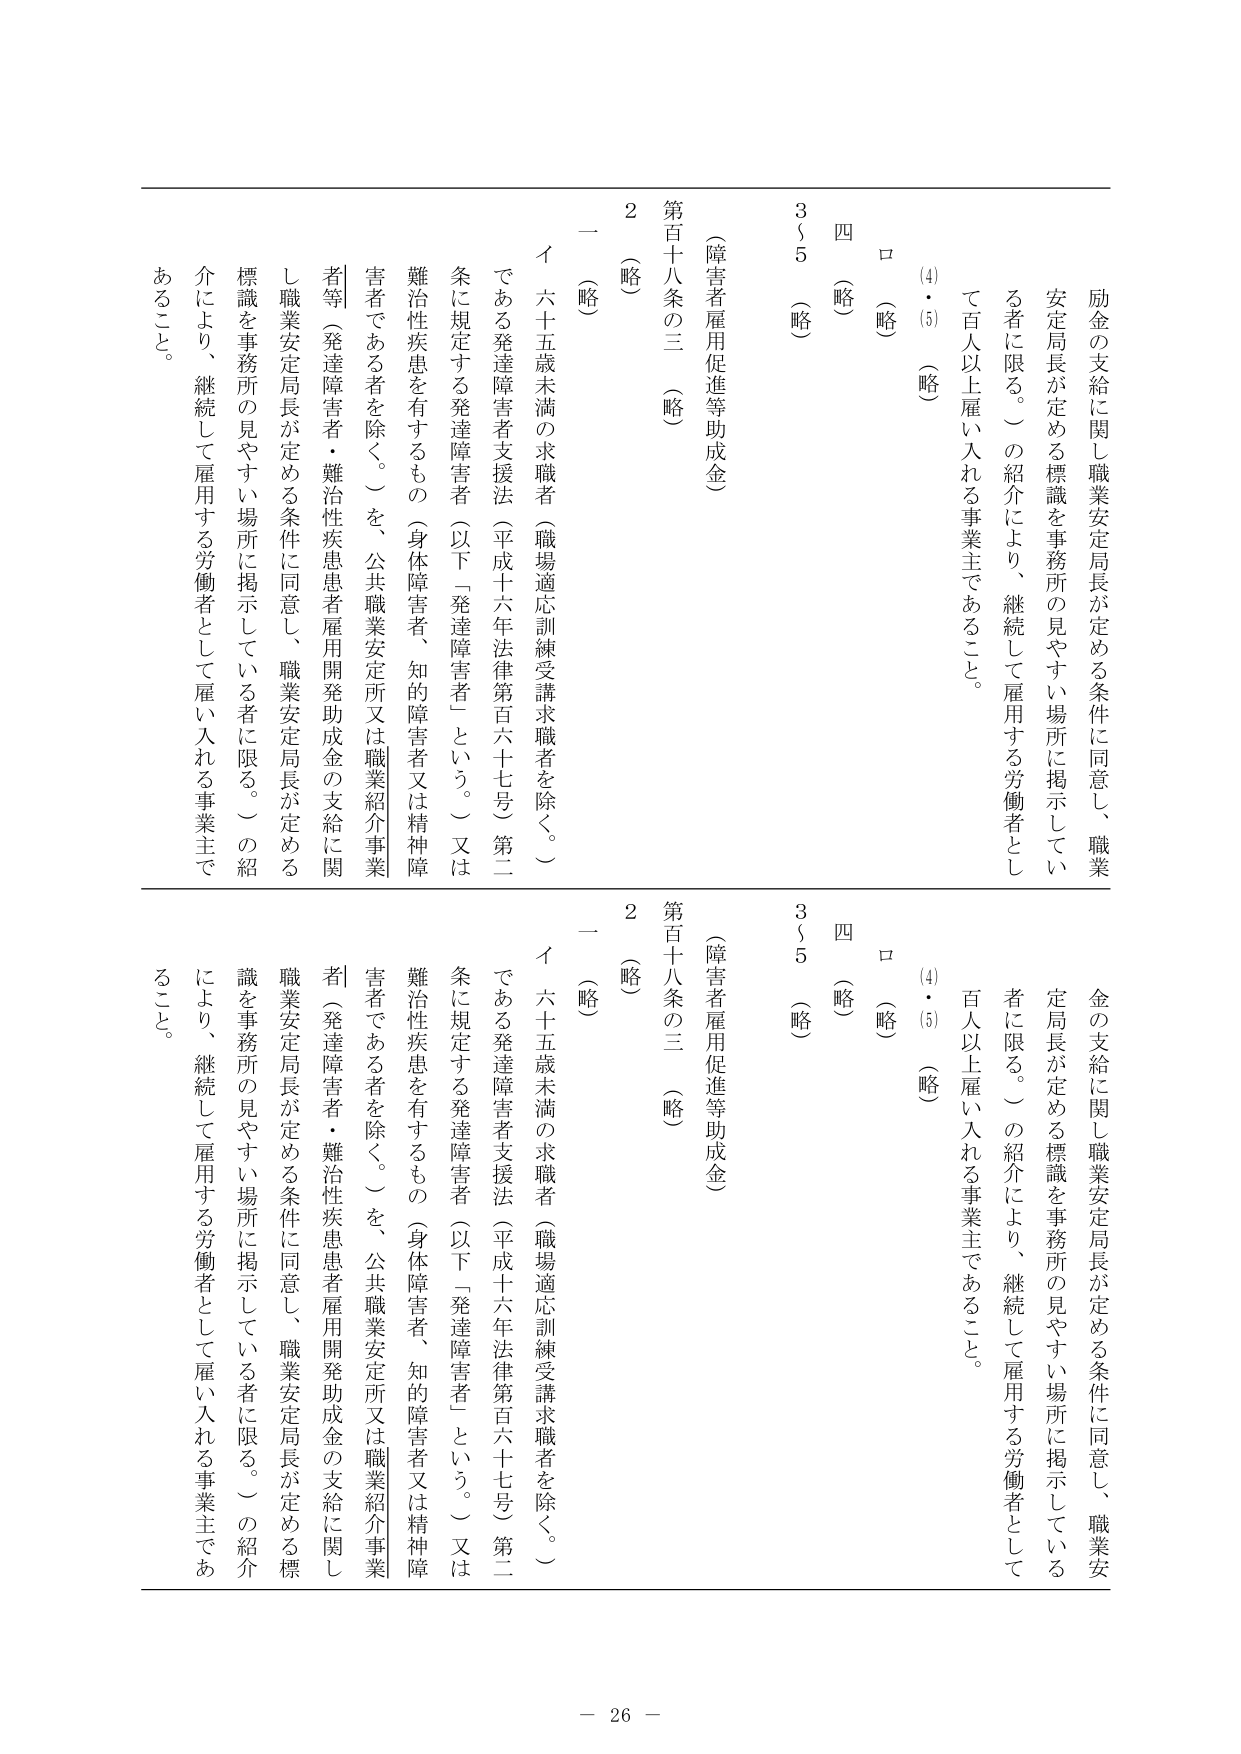
励金の支給に関し職業安定局長が定める条件に同意し、職業安定局長が定める標識を事務所の見やすい場所に掲示している者に限る。）の紹介により、継続して雇用する労働者として百人以上雇い入れる事業主であること。

（4）・（5）（略）

ロ（略）

四（略）

3～5（略）

（障害者雇用促進等助成金）

第百十八条の三（略）

2（略）

一（略）

イ 六十五歳未満の求職者（職場適応訓練受講求職者を除く。）である発達障害者支援法（平成十六年法律第百六十七号）第二条に規定する発達障害者（以下「発達障害者」という。）又は難治性疾患を有するもの（身体障害者、知的障害者又は精神障害者である者を除く。）を、公共職業安定所又は職業紹介事業者等（発達障害者・難治性疾患患者雇用開発助成金の支給に関し職業安定局長が定める条件に同意し、職業安定局長が定める標識を事務所の見やすい場所に掲示している者に限る。）の紹介により、継続して雇用する労働者として雇い入れる事業主であること。

励金の支給に関し職業安定局長が定める条件に同意し、職業安定局長が定める標識を事務所の見やすい場所に掲示している者に限る。）の紹介により、継続して雇用する労働者として百人以上雇い入れる事業主であること。

（4）・（5）（略）

ロ（略）

四（略）

3～5（略）

（障害者雇用促進等助成金）

第百十八条の三（略）

2（略）

一（略）

イ 六十五歳未満の求職者（職場適応訓練受講求職者を除く。）である発達障害者支援法（平成十六年法律第百六十七号）第二条に規定する発達障害者（以下「発達障害者」という。）又は難治性疾患を有するもの（身体障害者、知的障害者又は精神障害者である者を除く。）を、公共職業安定所又は職業紹介事業者（発達障害者・難治性疾患患者雇用開発助成金の支給に関し職業安定局長が定める条件に同意し、職業安定局長が定める標識を事務所の見やすい場所に掲示している者に限る。）の紹介により、継続して雇用する労働者として雇い入れる事業主であること。

－ 26 －